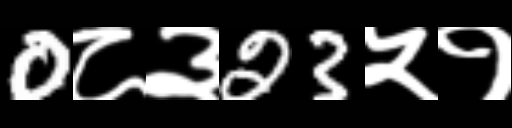
Text: 0८३23५१